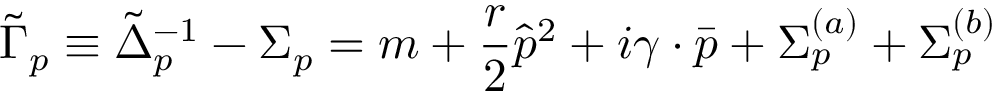
\tilde { \Gamma } _ { p } \equiv \tilde { \Delta } _ { p } ^ { - 1 } - \Sigma _ { p } = m + { \frac { r } { 2 } } \hat { p } ^ { 2 } + i \gamma \cdot \bar { p } + \Sigma _ { p } ^ { ( a ) } + \Sigma _ { p } ^ { ( b ) }